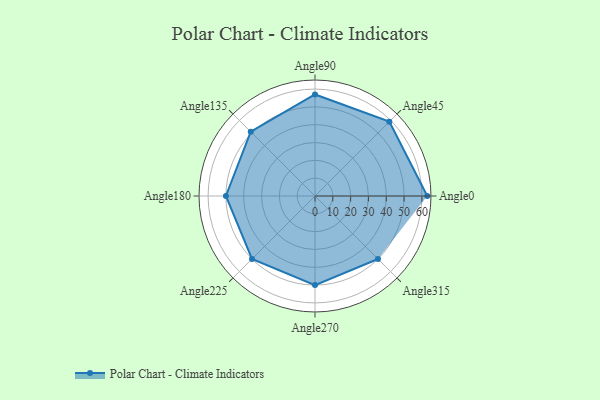
{"axis": {"x": "Angle", "y": "Radius"}, "legend": [""], "data": [{"x": "Angle0", "y": 63.0, "type": ""}, {"x": "Angle45", "y": 59.0, "type": ""}, {"x": "Angle90", "y": 57.0, "type": ""}, {"x": "Angle135", "y": 51.0, "type": ""}, {"x": "Angle180", "y": 50, "type": ""}, {"x": "Angle225", "y": 50, "type": ""}, {"x": "Angle270", "y": 50, "type": ""}, {"x": "Angle315", "y": 50, "type": ""}]}